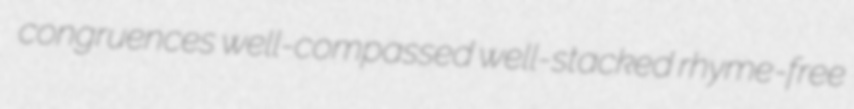
congruences well-compassed well-stacked rhyme-free